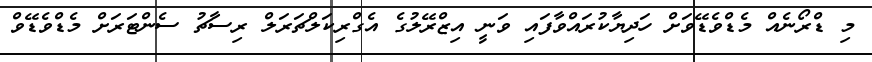
މި ޑްރޯނެއް މެޑްވެޑޭވަށް ހަދިޔާކުރައްވާފައި ވަނީ އިޒްރޭލުގެ އެގްރިކަލްޗަރަލް ރިސާޗު ސެންޓަރަށް މެޑްވެޑޭވް